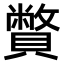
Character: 𧸁